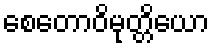
စေတောဝိမုတ္တိယော